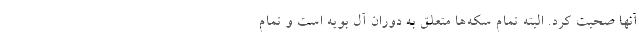
آنها صحبت کرد. البته تمام سکه‌ها متعلق به دوران آل بویه است و تمام